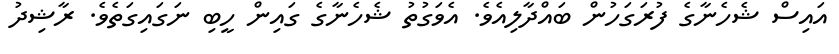
އައިސް ޝެހެނާގެ ފުރަގަހުން ބައްދާލިއެވެ. އެވަގުތު ޝެހެނާގެ ގައިން ހީބި ނަގައިގަތެވެ. ރާޝިދު